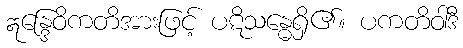
ဣန္ဒြေဝိကတိအားဖြင့် ပဋိသန္ဓေရှိ၏။ ပကတိဝါဒီ